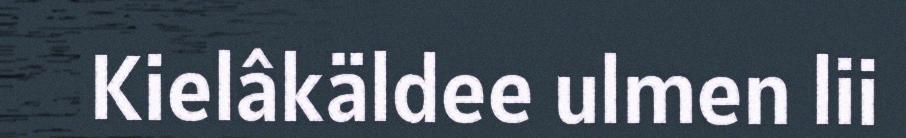
Kielâkäldee ulmen lii